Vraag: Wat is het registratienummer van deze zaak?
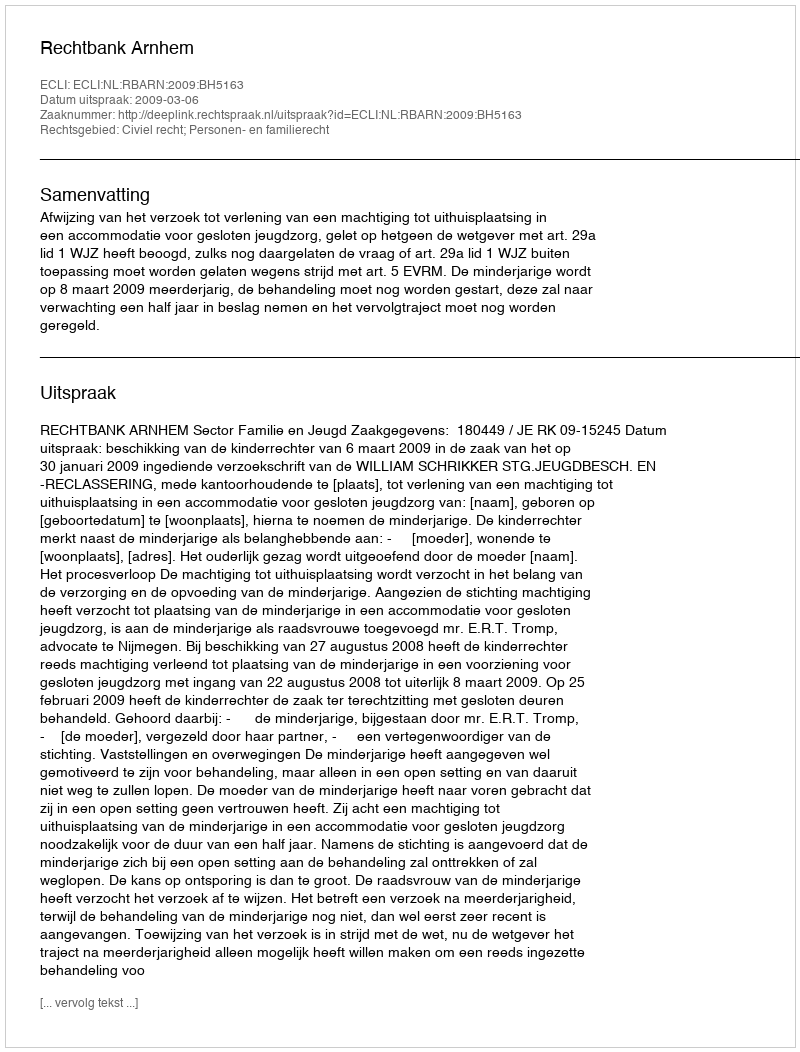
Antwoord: http://deeplink.rechtspraak.nl/uitspraak?id=ECLI:NL:RBARN:2009:BH5163